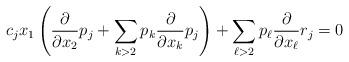
LaTeX: \begin{align*}c_jx_1\left( \frac{\partial}{\partial{x_2}}p_{j} + \sum_{k>2}p_{k}\frac{\partial}{\partial{x_k}}p_{j} \right)+ \sum_{\ell>2}p_{\ell}\frac{\partial}{\partial{x_\ell}}r_j=0\end{align*}